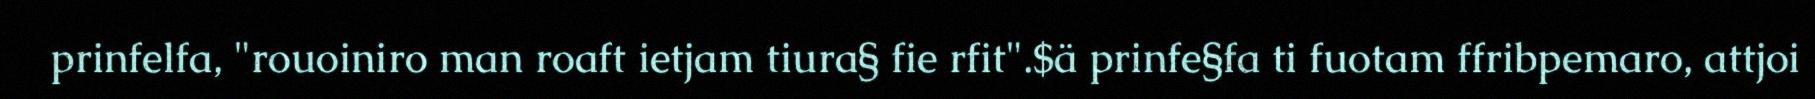
prinfelfa, "rouoiniro man roaft ietjam tiura§ fie rfit".$ä prinfe§fa ti fuotam ffribpemaro, attjoi